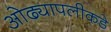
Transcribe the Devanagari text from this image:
ओढ्यापलीकडे